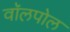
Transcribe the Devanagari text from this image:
वॉलपोल